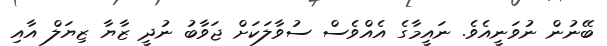
ބޭނުން ނުވަނީއެވެ. ނައީމާގެ އެއްވެސް ސުވާލަކަށް ޖަވާބު ނުދީ ޒާޔާ ޒިޔަލް އާއި